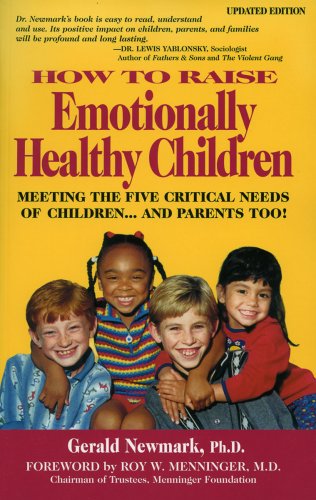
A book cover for How To Raise Emotionally Healthy Children: Meeting The Five Critical Needs of Children...And Parents Too! Updated Edition; Gerald Newmark; Parenting & Relationships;